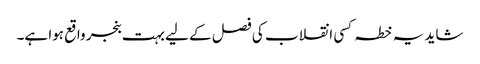
شاید یہ خطہ کسی انقلاب کی فصل کے لیے بہت بنجر واقع ہوا ہے۔